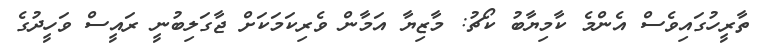
ތާރީހުގައިވެސް އެންމެ ކާމިޔާބު ކޯޗު: މާޒިޔާ އަމާން ވެރިކަމަކަށް ޖާގަލިބުނީ ރައީސް ވަހީދުގެ